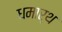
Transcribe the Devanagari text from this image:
धमार्थ